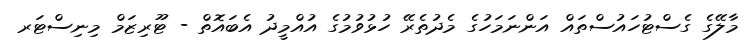
މާލޭގެ ގެސްޓުހައުސްތައް އަންނަމަހުގެ މެދުތެރޭ ހުޅުވުމުގެ އުއްމީދު އެބައޮތް - ޓޫރިޒަމް މިނިސްޓަރ